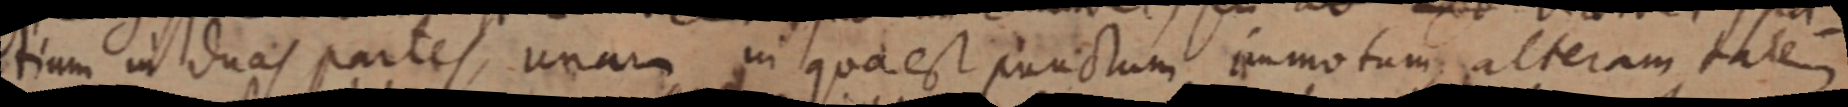
tium in duas partes, unum in qua est punctum immotum, alteram tatem